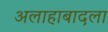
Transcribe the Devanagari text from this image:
अलाहाबादला